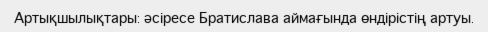
Артықшылықтары: әсіресе Братислава аймағында өндірістің артуы.